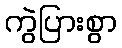
ကွဲပြားစွာ